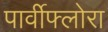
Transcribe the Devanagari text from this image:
पार्वीफ्लोरा